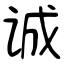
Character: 诚